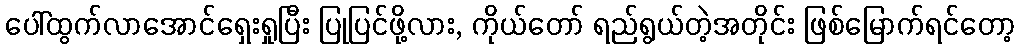
ပေါ်ထွက်လာအောင်ရှေးရှုပြီး ပြုပြင်ဖို့လား, ကိုယ်တော် ရည်ရွယ်တဲ့အတိုင်း ဖြစ်မြောက်ရင်တော့